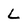
Character: L